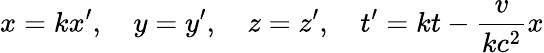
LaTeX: x=kx^{\prime},\quad y=y^{\prime},\quad z=z^{\prime},\quad t^{\prime}=kt-{\frac{v}{kc^{2}}}x